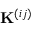
\mathbf { K } ^ { ( i j ) }